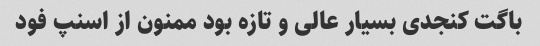
باگت کنجدی بسیار عالی و تازه بود ممنون از اسنپ فود